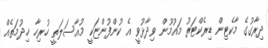
ދިރާގުގެ މާކެޓިން ޑިރެކްޓަރު މައުމޫން ވިދާޅުވީ އެ ކުންފުންޏަކީ މުއާސަލަތީ ހުރިހާ ޚިދުމަތެއް